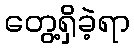
တွေ့ရှိခဲ့ရာ